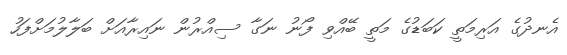
އެނދުގެ އަރިމަތީ ކަބަޑުގެ މަތީ ބޭއްވި ފޯނު ނަގާ ސިއްރުން ނައިރާއަށް ބަލާލުމަށްފަހު